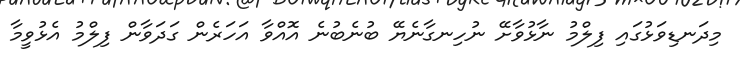
މިދަނޑިވަޅުގައި ފިލްމު ނާޅުވާށޭ ނުހިނގާނެޔޭ ބުނެބުނެ އޮއްވާ އަހަރެން ގަދަވާން ފިލްމު އެޅުވީމާ